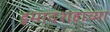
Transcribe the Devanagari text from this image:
इमादशहाच्या